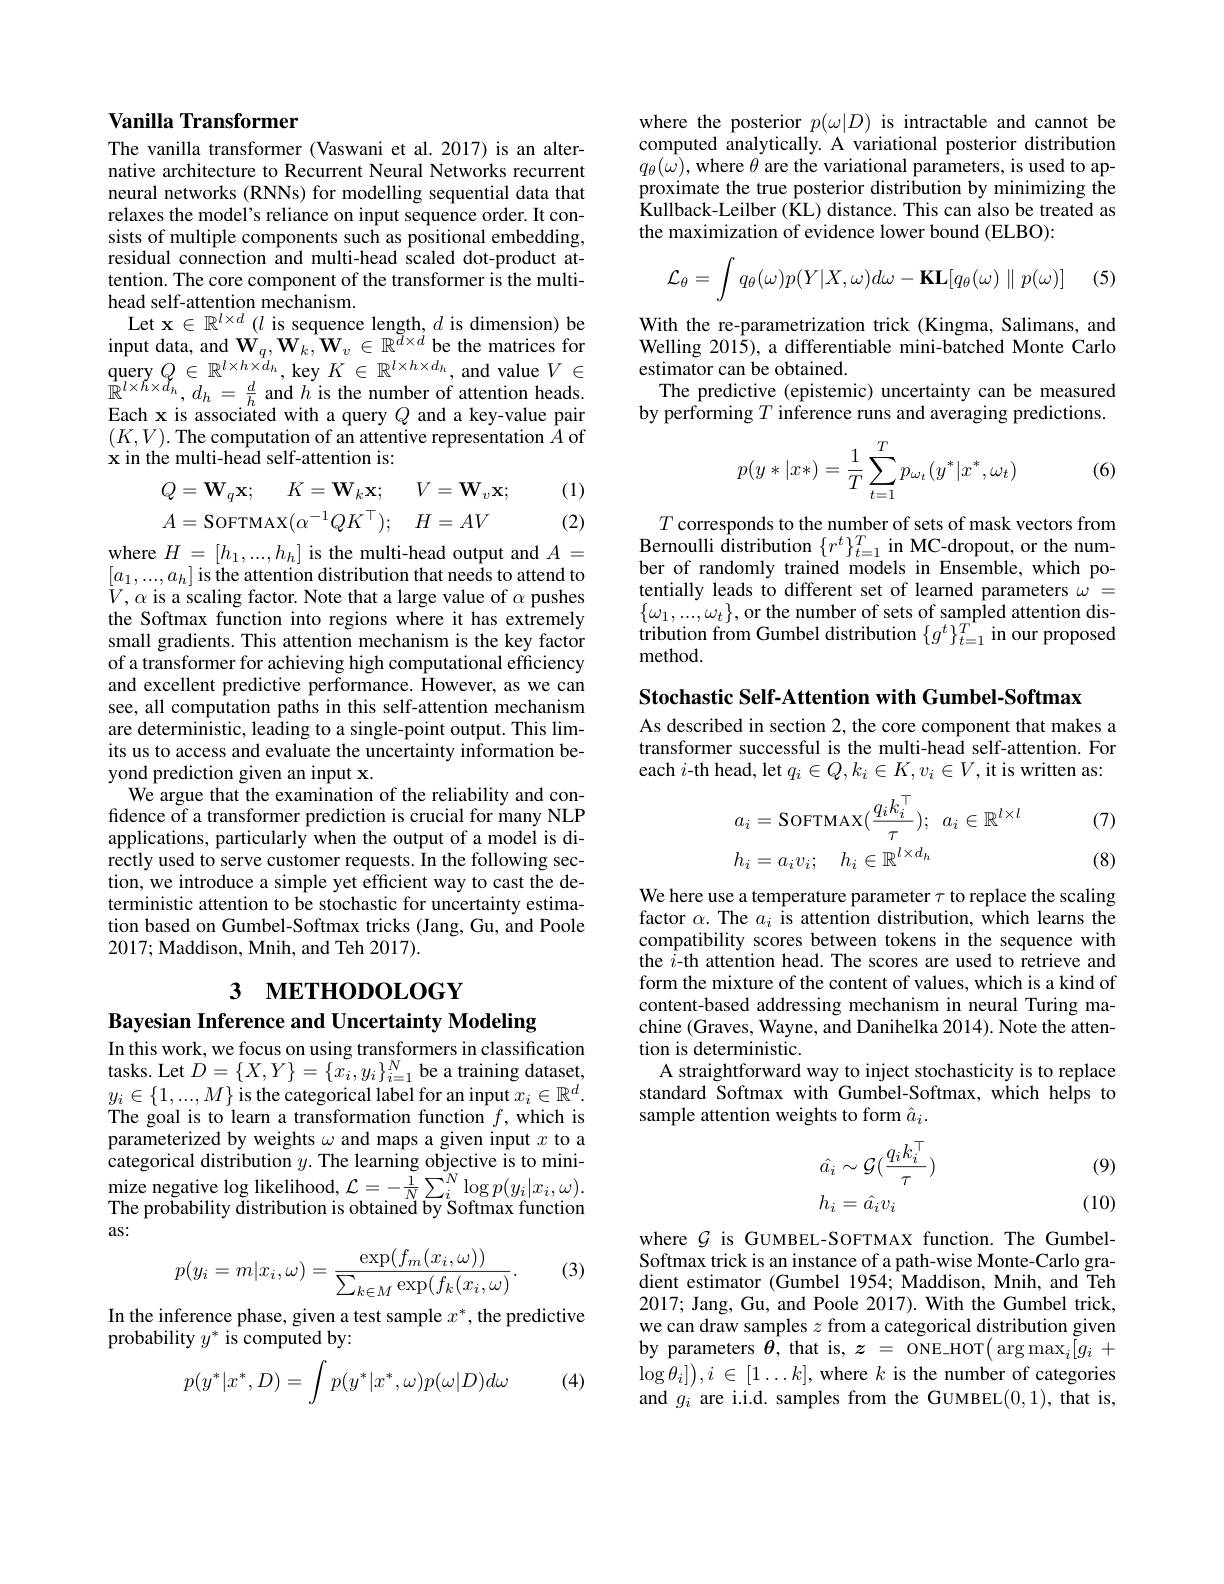
### Vanilla Transformer

The vanilla transformer (Vaswani et al.2017) is an alternative architecture to Recurrent Neural Networks recurrent neural networks (RNNs) for modelling sequential data that relaxes the model's reliance on input sequence order. It consists of multiple components such as positional embedding, residual connection and multi-head scaled dot-product attention. The core component of the transformer is the multihead self-attention mechanism.
Let $\mathbf{x} \in \mathbb{R} ^{l\times d}\left ( l\text{ is sequence length, }d\text{ is dimension) be}\right )$ input data, and $\mathbf{W}_q,\mathbf{W}_k,\mathbf{W}_v\in\mathbb{R}^{\tilde{d}\times d}$ be the matrices for $\begin{array}{l}{\mathrm{query~}Q\in\mathbb{R}^{l\times h\times d_{h}},\mathrm{~key~}K\in\mathbb{R}^{l\times h\times d_{h}},\mathrm{~and~value~}V\in}\\{\mathbb{R}^{l\times h\times d_{h}},d_{h}=\frac{d}{h}\mathrm{~and~}h\mathrm{~is~the~number~of~attention~heads.}}\\{\mathrm{Eoch~v~ic~ocoitad~with~a~und~a~kou~volu~noir~}}\end{array}$ Each x is associated with a query $Q$ and a key-value pair $(K,V).$ The computation of an attentive representation $\hat{A}$ of $\textbf{x in the multi- head self- attention is: }$
$$Q=\mathbf{W}_{q}\mathbf{x};\quad K=\mathbf{W}_{k}\mathbf{x};\quad V=\mathbf{W}_{v}\mathbf{x};\\A=\mathrm{SOFTMAX}(\alpha^{-1}QK^{\top});\quad H=AV$$
(1)

(2)

where $H=[h_{1},...,h_{h}]$ is the multi-head output and $A=$ $\begin{array}{l}[a_1,...,a_h]\text{is the attention distribution that needs to attend to}\\V,\alpha\text{ is a scaling factor. Note that a large value of }\alpha\text{ pushes}\end{array}$ the Softmax function into regions where it has extremely small gradients. This attention mechanism is the key factor of a transformer for achieving high computational efficiency and excellent predictive performance. However, as we can see, all computation paths in this self-attention mechanism are deterministic, leading to a single-point output. This limits us to access and evaluate the uncertainty information beyond prediction given an input x.
We argue that the examination of the reliability and confidence of a transformer prediction is crucial for many NLP applications, particularly when the output of a model is directly used to serve customer requests. In the following section, we introduce a simple yet efficient way to cast the deterministic attention to be stochastic for uncertainty estimation based on Gumbel-Softmax tricks (Jang, Gu, and Poole 2017; Maddison, Mnih, and Teh 2017).

# 3 $\textbf{м е т н о р о }$LOGY

Bayesian Inference and Uncertainty Modeling

In this work, we focus on using transformers in classification tasks. Let $D=\{X,Y\}=\{x_i,y_i\}_{i=1}^N$ be a training dataset, $\underline{y_i}\in\{1,...,M\}$ is the categorical label for an input $x_i\in\mathbb{R}^d.$ The goal is to learn a transformation function $f$,which is parameterized by weights $\omega$ and maps a given input $x$ to a categorical distribution $y.$ The learning objective is to mini- $\operatorname* { mize} _{\text{negative log likelihood, }}\mathcal{L} = - \frac 1N\sum _{i}^{N}\log p( y_{i}| x_{i}, \omega ) .$ The probability distribution is obtained by Softmax function as:

(3)
$$p(y_i=m|x_i,\omega)=\frac{\exp(f_m(x_i,\omega))}{\sum_{k\in M}\exp(f_k(x_i,\omega)}.$$
In the inference phase, given a test sample $x^*$, the predictive
probability $y^*$ is computed by:
$$p(y^*|x^*,D)=\int p(y^*|x^*,\omega)p(\omega|D)d\omega $$
(4)

where the posterior $p(\omega|D)$ is intractable and cannot be computed analytically. A variational posterior distribution $q_{\theta}(\hat{\omega})$,where $\theta$ are the variational parameters, is used to approximate the true posterior distribution by minimizing the Kullback-Leilber (KL) distance. This can also be treated as the maximization of evidence lower bound (ELBO):

(5)
$$\mathcal{L}_\theta=\int q_\theta(\omega)p(Y|X,\omega)d\omega-\mathbf{KL}[q_\theta(\omega)\parallel p(\omega)]$$
With the re-parametrization trick (Kingma, Salimans, and Welling 2015), a differentiable mini-batched Monte Carlo estimator can be obtained.
The predictive (epistemic) uncertainty can be measured by performing $T$ inference runs and averaging predictions.
$$p(y*|x*)=\dfrac{1}{T}\sum_{t=1}^{T}p_{\omega_t}(y^*|x^*,\omega_t)$$
(6)

$T$ corresponds to the number of sets of mask vectors from Bernoulli distribution $\{r^t\}_{t=1}^T$ in MC-dropout, or the number of randomly trained models in Ensemble, which potentially leads to different set of learned parameters $\omega=$ $\{\omega_{1},...,\omega_{t}\}$,or the number of sets of sampled attention distribution from Gumbel distribution $\{g^t\}_{t=1}^{T^{*}}$ in our proposed method

Stochastic Self-Attention with Gumbel-Softmax

As described in section 2, the core component that makes a transformer successful is the multi-head self-attention. For each $i$-th head, let $q_i\in Q,k_i\in K,v_i\in V$, it is written as:

(7)
$$\begin{aligned}&a_{i}=\mathrm{SOFTMAX}(\frac{q_{i}k_{i}^{\top}}{\tau});\:a_{i}\in\mathbb{R}^{l\times l}\\&h_{i}=a_{i}v_{i};\quad h_{i}\in\mathbb{R}^{l\times d_{h}}\end{aligned}$$
(8)

We here use a temperature parameter $\tau$ to replace the scaling factor $\alpha.$ The $a_i$ is attention distribution, which learns the compatibility scores between tokens in the sequence with the $i$-th attention head. The scores are used to retrieve and form the mixture of the content of values, which is a kind of content-based addressing mechanism in neural Turing machine (Graves, Wayne, and Danihelka 2014). Note the attention is deterministic.
A straightforward way to inject stochasticity is to replace standard Softmax with Gumbel-Softmax, which helps to sample attention weights to form $\hat{a}_i.$

(9)
$$\begin{aligned}\hat{a_i}&\sim\mathcal{G}(\frac{q_ik_i^\top}{\tau})\\h_i&=\hat{a_i}v_i\end{aligned}$$
(10)

where $\mathcal{G}$ is GUMBEL-SOFTMAX function. The GumbelSoftmax trick is an instance of a path-wise Monte-Carlo gradient estimator (Gumbel 1954; Maddison, Mnih, and Teh 2017; Jang, Gu, and Poole 2017). With the Gumbel trick, we can draw samples $z$ from a categorical distribution given by parameters $\hat{\boldsymbol{\theta}}$, that is, $z=$ ONE-HOT$(\arg\max_i[g_i+$ $\log \theta _{i}] \right ) , i$ $\in$ $[ 1\ldots k] $, where $k$ is the number of categories and $g_i$ are i.i.d. samples from the GUMBEL(0,1), that is,